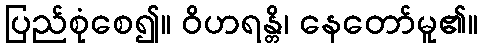
ပြည်စုံစေ၍။ ဝိဟရန္တိ၊ နေတော်မူ၏။